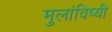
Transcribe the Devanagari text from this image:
मुलांविष्यी